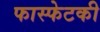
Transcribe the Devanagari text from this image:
फास्फेटकी